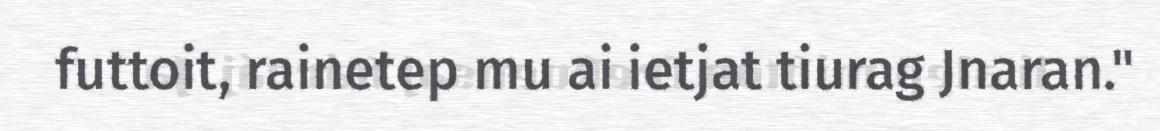
futtoit, rainetep mu ai ietjat tiurag Jnaran."